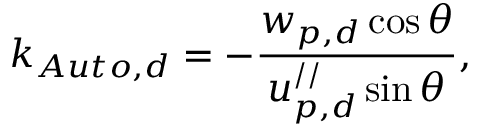
k _ { A u t o , d } = - \frac { w _ { p , d } \cos \theta } { u _ { p , d } ^ { / / } \sin \theta } ,